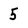
Character: 5